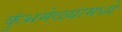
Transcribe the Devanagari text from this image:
कुंभमेळ्यामध्ये